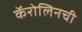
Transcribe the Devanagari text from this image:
कॅरोलिनची